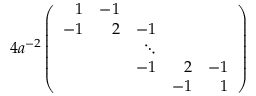
4 a ^ { - 2 } \left( \begin{array} { r r r r r } { { 1 } } & { { - 1 } } & { { } } & { { } } & { { } } \\ { { - 1 } } & { { 2 } } & { { - 1 } } & { { } } & { { } } \\ { { } } & { { } } & { { \ddots } } & { { } } & { { } } \\ { { } } & { { } } & { { - 1 } } & { { 2 } } & { { - 1 } } \\ { { } } & { { } } & { { } } & { { - 1 } } & { { 1 } } \end{array} \right)